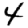
Digit: 4